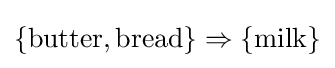
\{\mathrm {butter,bread} \}\Rightarrow \{\mathrm {milk} \}